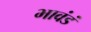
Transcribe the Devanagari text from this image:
भावंडं